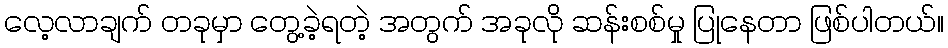
လေ့လာချက် တခုမှာ တွေ့ခဲ့ရတဲ့ အတွက် အခုလို ဆန်းစစ်မှု ပြုနေတာ ဖြစ်ပါတယ်။